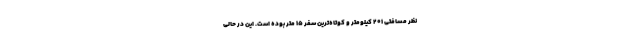
نظر مسافتی ۲۰۱ کیلومتر و کوتاه‌ترین سفر ۱۵ متر بوده است. این در حالی